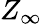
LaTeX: Z_{\infty}